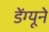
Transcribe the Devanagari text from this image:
डेंग्यूने